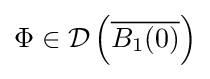
\Phi \in {\mathcal {D}}\left({\overline {B_{1}(0)}}\right)